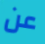
عن